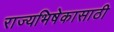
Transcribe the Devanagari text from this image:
राज्यभिषेकासाठी